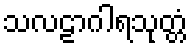
သလဠာဂါရသုတ္တံ